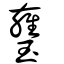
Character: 㻾